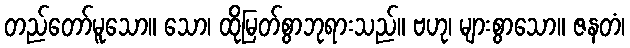
တည်တော်မူသော။ သော၊ ထိုမြတ်စွာဘုရားသည်။ ဗဟု၊ များစွာသော။ ဇနတံ၊